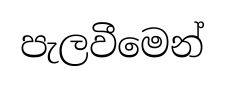
පැලවීමෙන්